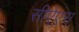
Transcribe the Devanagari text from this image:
सीऐएस